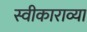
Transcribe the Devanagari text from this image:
स्वीकाराव्या